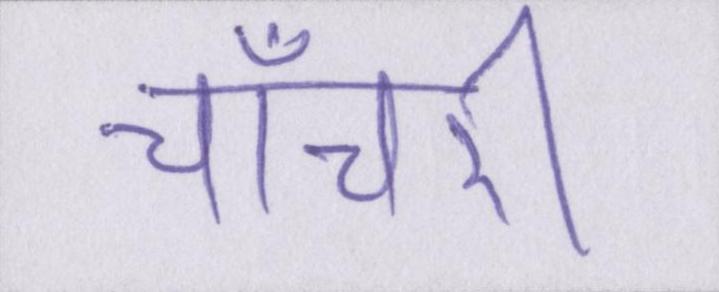
चाँचरी